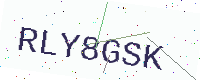
Text: RLY8GSK